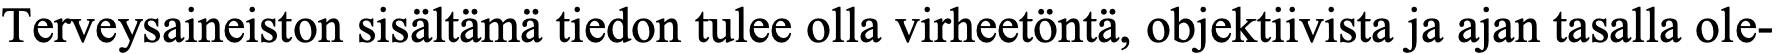
Terveysaineiston sisältämä tiedon tulee olla virheetöntä, objektiivista ja ajan tasalla ole-